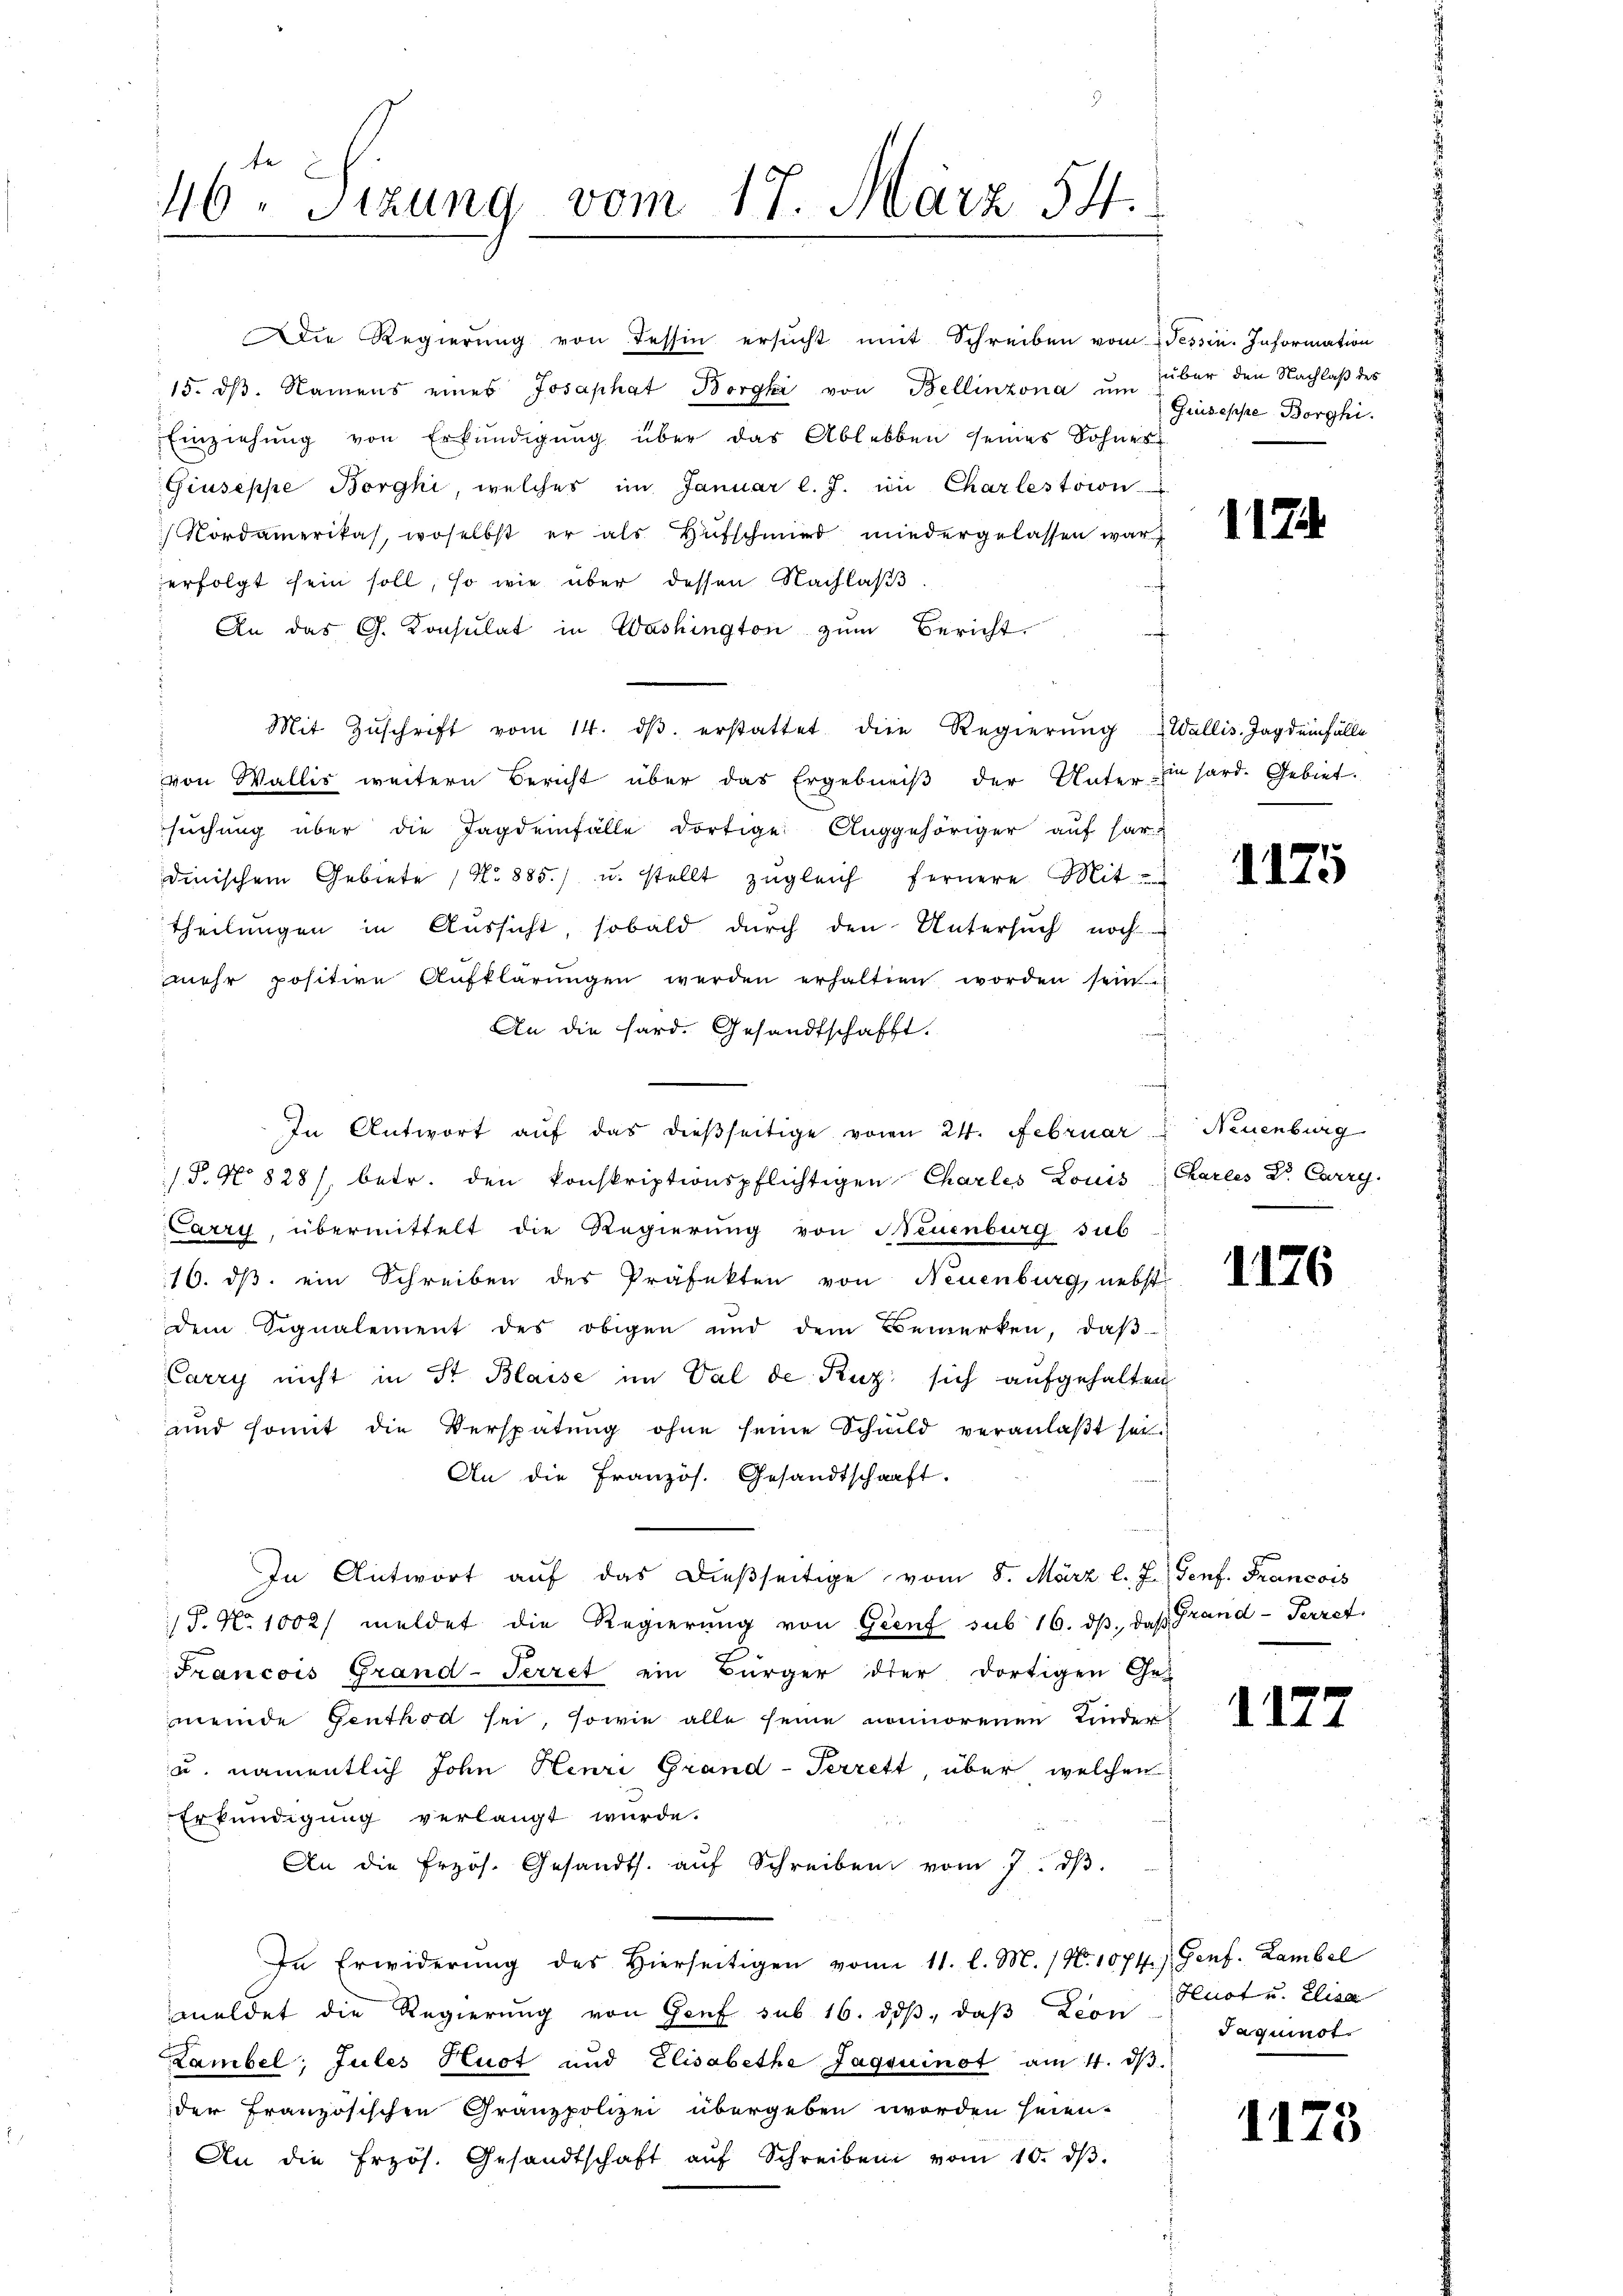
Die Regierung von Tessin ersucht mit Schreiben vom
15. dβ. Namens eines Josaphat Borgki von Bellinzona um
Einziehŭng von Erkŭndigŭng über das Ablebben seines Sohnes
Giuseppe Borghi, welches im Januar l. J. im Charlestion
Nordamerikas, woselbst er als Hufschmied wiedergelassen war,
erfolgt sein soll, so wie über dessen Nachlass
An das G. Konsulat in Washington zum Bericht.
Mit Zŭschrift vom 14. dβ. erstattet die Regierŭng
von Wallis weitern Bericht über das Ergebniβ der Unter in sard. Gebiet.
sŭchŭng über die Jagdenfälle dortige Auggehöriger auf har-
dinischem Gebiete No 885.) u. stellt zŭgleich fernere Mit
theilungen in Aussicht, sobald durch den Untersuch noch
mehr positive Aufklärŭngen werden erhalten worden sein.
An die Hard. Gesandtschafft.
In Antwort auf das dießseitige von 24. Februar
/S. No 828/. betr. den konskriptionspflichtigen Charles Louis
Carry, übermittelt die Regierung von Neuenburg sub
16. ds. ein Schreiben des Präfekten von Neuenburg, nebst
dem Signalement des obigen und dem Bemerken, daβ
Carry nicht in St. Blasse im Val de Ruz sich aufgehalten
und somit die Verspätung ohne seine Schild veranlaβt sei.
An die Französ. Gesandtschaft.
In Antwort aŭf das dießseitige vom 8. März l. J. (Genf. Francois
/S. N. 1002/ meldet die Regierŭng von Genf sub 16. dβ, daß Frand-Terzet.
Francois Grand-Terret ein Bürger der dortigen Ge
meinde Genthod sei, sowie alle seine nonorenen Kinder
u. namentlich John Henri Grand-Terrett, über welchen
Erkundigung verlangt wurde.
An die frzös. Gesandts. aŭf Schreiben vom 7. dβ.
In Erwiderŭng des hierseitigen vom 11. l. M. (N. 1074.) Genf. Lambel
meldet die Regierŭng von Genf sub 16. dβ, daβ Lion Hust u. Elisa
Lambel; Jules Hust und Elisabethe Jagsuinot am 4. dβ.
der Französischen Granzpolizei übergeben worden seien.
An die frzös. Gesandtschaft aŭf Schreiben vom 10. dβ.

46. Sizung vom 17. März 54.

f

Tessin. Information
über den Nachlaß des
Giuseppe Borghi

117.

Wallis. Tag dei fälle

a

1175

Neuenburg
Charles Dr. Carry

1176

1177

Saquinot.

1173